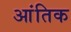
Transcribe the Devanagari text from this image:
आंतिक